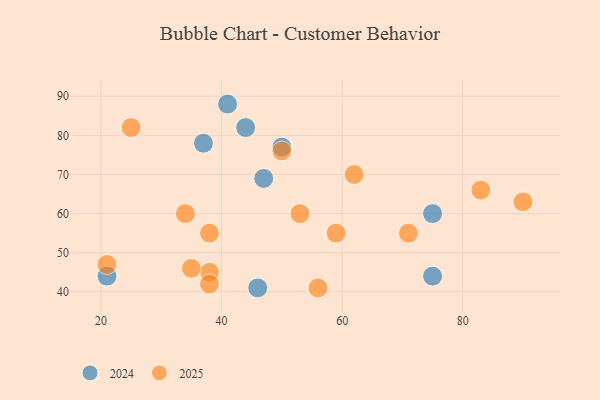
{"axis": {"x": "GDP", "y": "Life Expectancy"}, "legend": ["2024", "2025"], "data": [{"x": "62", "y": 70, "type": "2025"}, {"x": "83", "y": 66, "type": "2025"}, {"x": "59", "y": 55, "type": "2025"}, {"x": "38", "y": 45, "type": "2025"}, {"x": "25", "y": 82, "type": "2025"}, {"x": "90", "y": 63, "type": "2025"}, {"x": "34", "y": 60, "type": "2025"}, {"x": "56", "y": 41, "type": "2025"}, {"x": "71", "y": 55, "type": "2025"}, {"x": "35", "y": 46, "type": "2025"}, {"x": "50", "y": 76, "type": "2025"}, {"x": "38", "y": 55, "type": "2025"}, {"x": "38", "y": 42, "type": "2025"}, {"x": "21", "y": 47, "type": "2025"}, {"x": "53", "y": 60, "type": "2025"}, {"x": "37", "y": 78, "type": "2024"}, {"x": "41", "y": 88, "type": "2024"}, {"x": "21", "y": 44, "type": "2024"}, {"x": "75", "y": 44, "type": "2024"}, {"x": "46", "y": 41, "type": "2024"}, {"x": "44", "y": 82, "type": "2024"}, {"x": "75", "y": 60, "type": "2024"}, {"x": "50", "y": 77, "type": "2024"}, {"x": "47", "y": 69, "type": "2024"}]}